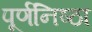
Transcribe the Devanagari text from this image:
पूर्णनिष्ठा